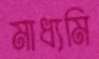
মাধ্যমি